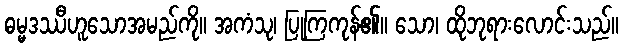
ဓမ္မဒဿီဟူသောအမည်ကို။ အကံသု၊ ပြုကြကုန်၏။ သော၊ ထိုဘုရားလောင်းသည်။